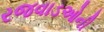
રજવાડઓની